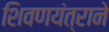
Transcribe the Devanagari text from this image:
शिवणयंत्राने